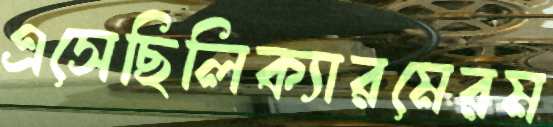
এসেছিলিক্যারমেরম